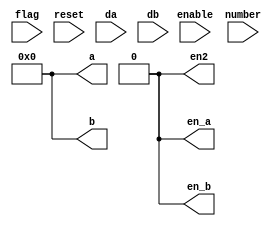
module flag (
  output reg [3:0] a,
  output reg [3:0] b,
  output reg en_a,
  output reg en_b,
  output reg en2,
  input flag,
  input enable,
  input [3:0] number,
  input reset,
  input [6:0] da,
  input [6:0] db
);
  always @ (reset)
    begin
      en_a <= 1'b1;
      en_b <= 1'b1;
      a <= 4'b0000;
      b <= 4'b0000;
      en2 <= 1'b0;
      #10
      en_a <= 1'b0;
      en_b <= 1'b0;

    end

  always @ (number, enable)
    begin
      case (flag)
        1'b0:
          begin
            if ((da == 7'b1111110) || (da == 7'b0000000)) begin
              if (number == 4'b1111) begin
                a <= 4'b0000;
              end else begin
                a <= number;
              end
              en_a <= enable;
            end
          end
        1'b1:
          begin
            if ((db == 7'b1111110) || (db == 7'b0000000)) begin
              en2 <= 1'b1;
              if (number == 4'b1111) begin
                b <= 4'b0000;
              end else begin
                b <= number;
              end
              en_b <= enable;
            end
          end
        default:
          begin
            en_a <= 1'b0;
            en_b <= 1'b0;

          end
      endcase
    end
endmodule